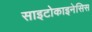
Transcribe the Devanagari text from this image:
साइटोकाइनेसिस